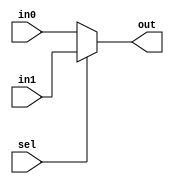
`timescale 1ns / 1ps

module mux_data_8b(

    input [7:0] in0,
    input [7:0] in1,
    input sel,
    output reg [7:0] out
    );
    
    always @(*) begin
        if (sel == 0) begin
            out = in0;
        end else begin
            out = in1;
        end
    end 
    
endmodule